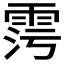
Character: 𩂧